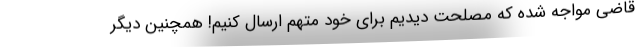
قاضي مواجه شده كه مصلحت ديديم براي خود متهم ارسال كنيم! همچنين ديگر